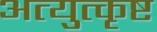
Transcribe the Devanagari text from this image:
अत्युुत्कृष्ट